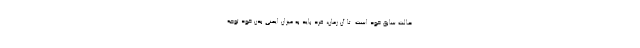
حالت سابق خود است. تا آن زمان، فرد باید به میزان ایمنی بدن خود توجه